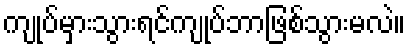
ကျုပ်မှားသွားရင်ကျုပ်ဘာဖြစ်သွားမလဲ။